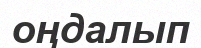
оңдалып